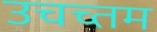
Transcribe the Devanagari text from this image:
उचच्तम